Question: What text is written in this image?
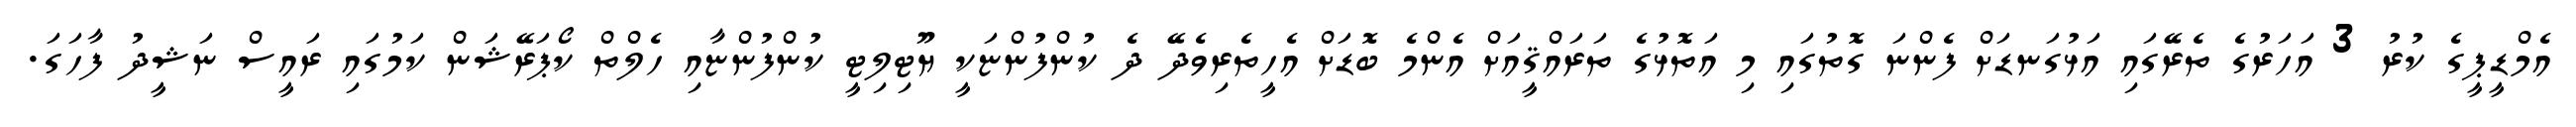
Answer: އެމްޑީޕީގެ ކުރު 3 އަހަރުގެ ތެރޭގައި އަޅުގަނޑަށް ފެންނަ ގޮތުގައި މި އަތޮޅުގެ ތަރައްޤީއަށް އެންމެ ބޮޑަށް އެހީތެރިވެދޭ ދެ ކުންފުންޏަކީ ޔޫޓިލިޓީ ކުންފުންޏާއި ހެލްތް ކޯޕަރޭޝަން ކަމުގައި ރައީސް ނަޝީދު ފާހަގަ.